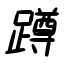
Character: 蹲